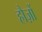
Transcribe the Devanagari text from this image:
हौज़ों